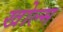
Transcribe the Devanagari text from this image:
खोल्म